Scientific memoirs by medical officers of the Army of India - Part I,
Year: 1884
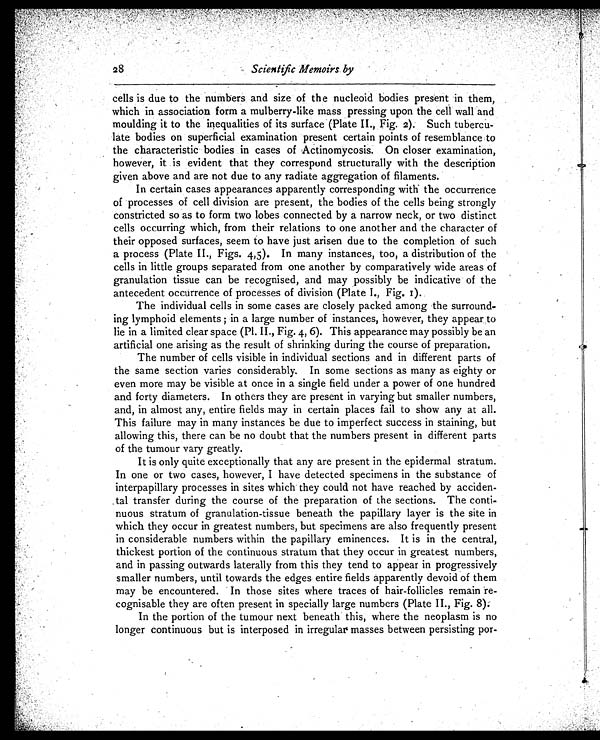
2 8
Scientific Memoirs by
cells is due to the numbers and size of the nucleoid bodies present in them,
which in association form a mulberry-like mass pressing upon the cell wall and
moulding it to the inequalities of its surface (Plate II., Fig. 2). Such tubercu
- l a t e b o d i e s o n s u p e r f i c i a l e x a m i n a t i o n p r e s e n t c e r t a i n p o i n t s o f r e s e m b l a n c e t o
the characteristic bodies in cases of Actinomycosis. On closer examination,
however, it is evident that they correspond structurally with the description
given above and are not due to any radiate aggregation of filaments.
In certain cases appearances apparently corresponding with the occurrence
of processes of cell division are present, the bodies of the cells being strongly
constricted so as to form two lobes connected by a narrow neck, or two distinct
cells occurring which, from their relations to one another and the character of
their opposed surfaces, seem to have just arisen due to the completion of such
a process (Plate II., Figs. 4,5). In many instances, too, a distribution of the
cells in little groups separated from one another by comparatively wide areas of
granulation tissue can be recognised, and may possibly be indicative of the
antecedent occurrence of processes of division (Plate I., Fig. I).
The individual cells in some cases are closely packed among the surround
- i n g l y m p h o i d e l e m e n t s ; i n a l a r g e n u m b e r o f i n s t a n c e s , h o w e v e r , t h e y a p p e a r t o
lie in a limited clear space (Pl. II., Fig. 4, 6). This appearance may possibly be an
artificial one arising as the result of shrinking during the course of preparation.
The number of cells visible in individual sections and in different parts of
the same section varies considerably. In some sections as many as eighty or
even more may be visible at once in a single field under a power of one hundred
and forty diameters. In others they are present in varying but smaller numbers,
and, in almost any, entire fields may in certain places fail to show any at all.
This failure may in many instances be due to imperfect success in staining, but
allowing this, there can be no doubt that the numbers present in different parts
of the tumour vary greatly.
It is only quite exceptionally that any are present in the epidermal stratum.
In one or two cases, however, I have detected specimens in the substance of
interpapillary processes in sites which they could not have reached by acciden
-tal transfer during the course of the preparation of the sections. The conti
- n u o u s s t r a t u m o f g r a n u l a t i o n - t i s s u e b e n e a t h t h e p a p i l l a r y l a y e r i s t h e s i t e i n
which they occur in greatest numbers, but specimens are also frequently present
in considerable numbers within the papillary eminences. It is in the central,
thickest portion of the continuous stratum that they occur in greatest numbers,
and in passing outwards laterally from this they tend to appear in progressively
smaller numbers, until towards the edges entire fields apparently devoid of them
may be encountered. In those sites where traces of hair-follicles remain re
- c o g n i s a b l e t h e y a r e o f t e n p r e s e n t i n s p e c i a l l y l a r g e n u m b e r s ( P l a t e I I . , F i g . 8 ) .
In the portion of the tumour next beneath this, where the neoplasm is no
longer continuous but is interposed in irregular masses between persisting por
-